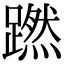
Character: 蹨